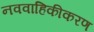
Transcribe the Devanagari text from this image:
नववाहिकीकरण